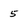
Character: 5